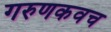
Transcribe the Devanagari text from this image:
गरुणकवच